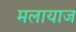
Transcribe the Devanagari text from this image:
मलायाज